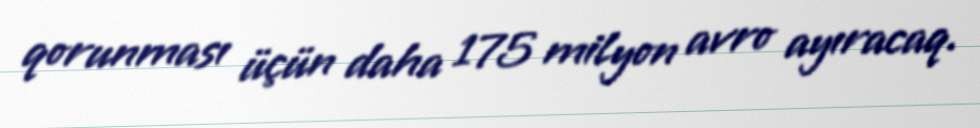
qorunması üçün daha 175 milyon avro ayıracaq.